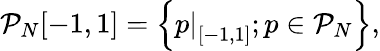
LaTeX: \begin{array}{r}{\mathcal{P}_{N}[-1,1]=\left\{ \left.p\right|_{[-1,1]};p\in\mathcal{P}_{N}\right\} ,}\end{array}